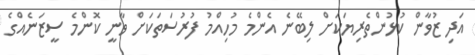
އަދި ޒުވާން ކުޅުންތެރިޔަކަށް ލިބޭނެ އެންމެ މުހިއްމު ފުރުސަތަކަށް ވާނީ ކޮންމެ ސީޒަނެއްގެ